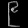
Digit: ၉